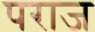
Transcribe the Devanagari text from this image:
पराज